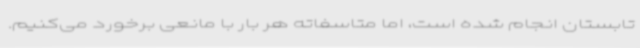
تابستان انجام شده است، اما متاسفاته هر بار با مانعی برخورد می‌کنیم.